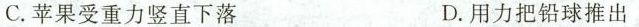
C.苹果受重力竖直下落 D.用力把铅球推出